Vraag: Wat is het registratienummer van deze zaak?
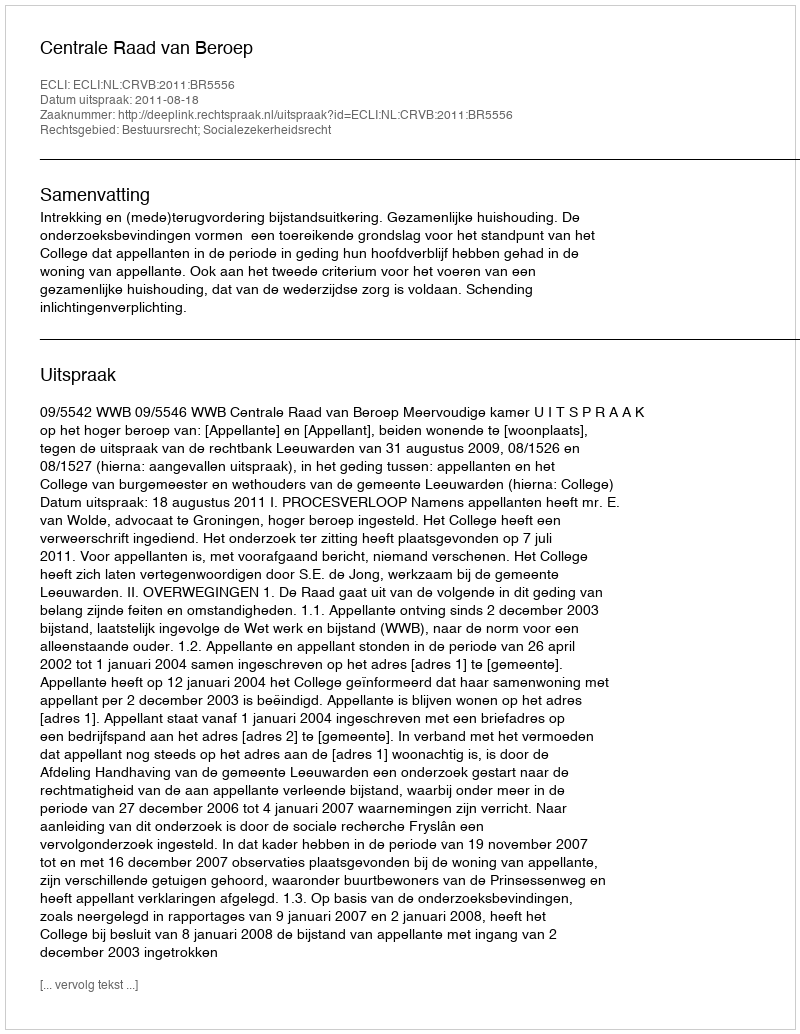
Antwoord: http://deeplink.rechtspraak.nl/uitspraak?id=ECLI:NL:CRVB:2011:BR5556